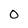
Character: 0